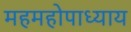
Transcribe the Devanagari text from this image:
महमहोपाध्याय